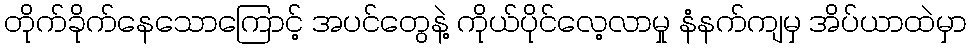
တိုက်ခိုက်နေသောကြောင့် အပင်တွေနဲ့ ကိုယ်ပိုင်လေ့လာမှု နံနက်ကျမှ အိပ်ယာထဲမှာ